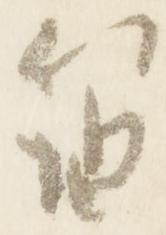
笛